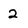
Character: 2